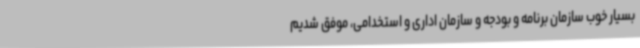
بسیار خوب سازمان برنامه و بودجه و سازمان اداری و استخدامی، موفق شدیم